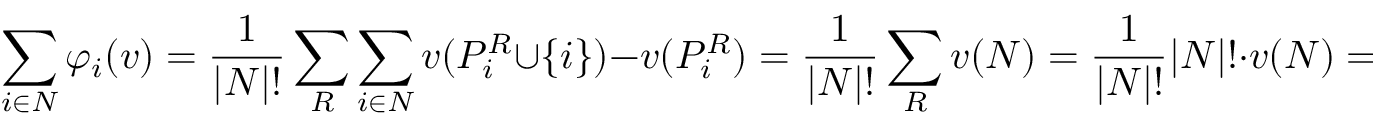
\sum _ { i \in N } \varphi _ { i } ( v ) = { \frac { 1 } { | N | ! } } \sum _ { R } \sum _ { i \in N } v ( P _ { i } ^ { R } \cup \left\{ i \right\} ) - v ( P _ { i } ^ { R } ) = { \frac { 1 } { | N | ! } } \sum _ { R } v ( N ) = { \frac { 1 } { | N | ! } } | N | ! \cdot v ( N ) = v ( N )